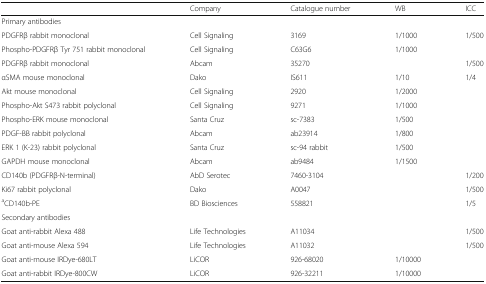
<table><thead><tr><td></td><td><b>Company</b></td><td><b>Catalogue number</b></td><td><b>WB</b></td><td><b>ICC</b></td></tr></thead><tbody><tr><td colspan="5">Primary antibodies</td></tr><tr><td>PDGFRβ rabbit monoclonal</td><td>Cell Signaling</td><td>3169</td><td>1/1000</td><td>1/500</td></tr><tr><td>Phospho-PDGFRβ Tyr 751 rabbit monoclonal</td><td>Cell Signaling</td><td>C63G6</td><td>1/1000</td><td></td></tr><tr><td>PDGFRβ rabbit monoclonal</td><td>Abcam</td><td>35270</td><td></td><td>1/500</td></tr><tr><td>αSMA mouse monoclonal</td><td>Dako</td><td>IS611</td><td>1/10</td><td>1/4</td></tr><tr><td>Akt mouse monoclonal</td><td>Cell Signaling</td><td>2920</td><td>1/2000</td><td></td></tr><tr><td>Phospho-Akt S473 rabbit polyclonal</td><td>Cell Signaling</td><td>9271</td><td>1/1000</td><td></td></tr><tr><td>Phospho-ERK mouse monoclonal</td><td>Santa Cruz</td><td>sc-7383</td><td>1/500</td><td></td></tr><tr><td>PDGF-BB rabbit polyclonal</td><td>Abcam</td><td>ab23914</td><td>1/800</td><td></td></tr><tr><td>ERK 1 (K-23) rabbit polyclonal</td><td>Santa Cruz</td><td>sc-94 rabbit</td><td>1/500</td><td></td></tr><tr><td>GAPDH mouse monoclonal</td><td>Abcam</td><td>ab9484</td><td>1/1500</td><td></td></tr><tr><td>CD140b (PDGFRβ-N-terminal)</td><td>AbD Serotec</td><td>7460-3104</td><td></td><td>1/200</td></tr><tr><td>Ki67 rabbit polyclonal</td><td>Dako</td><td>A0047</td><td></td><td>1/500</td></tr><tr><td><sup>a</sup>CD140b-PE</td><td>BD Biosciences</td><td>558821</td><td></td><td>1/5</td></tr><tr><td colspan="5">Secondary antibodies</td></tr><tr><td>Goat anti-rabbit Alexa 488</td><td>Life Technologies</td><td>A11034</td><td></td><td>1/500</td></tr><tr><td>Goat anti-mouse Alexa 594</td><td>Life Technologies</td><td>A11032</td><td></td><td>1/500</td></tr><tr><td>Goat anti-mouse IRDye-680LT</td><td>LiCOR</td><td>926-68020</td><td>1/10000</td><td></td></tr><tr><td>Goat anti-rabbit IRDye-800CW</td><td>LiCOR</td><td>926-32211</td><td>1/10000</td><td></td></tr></tbody></table>